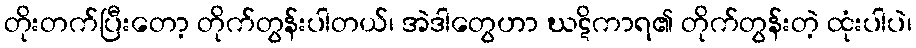
တိုးတက်ပြီးတော့ တိုက်တွန်းပါတယ်၊ အဲဒါတွေဟာ ဃဋိကာရ၏ တိုက်တွန်းတဲ့ ထုံးပါပဲ၊